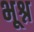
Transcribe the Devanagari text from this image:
भूश्न